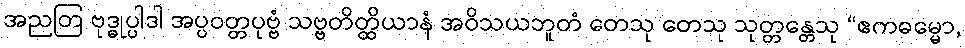
အညတြ ဗုဒ္ဓုပ္ပါဒါ အပ္ပဝတ္တပုဗ္ဗံ သဗ္ဗတိတ္ထိယာနံ အဝိသယဘူတံ တေသု တေသု သုတ္တန္တေသု “ဧကဓမ္မော,